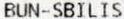
BUN-SBILIS